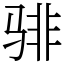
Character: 𬴂